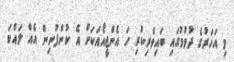
މި އަހަރުގެ ދުވުމުގައި ބައިވެރިކުރި ހަ އެންޖީއޯއަކަށް އެ ކުންފުނިން އެއް ލައްކަ